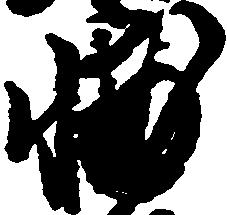
輔